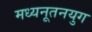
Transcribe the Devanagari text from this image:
मध्यनूतनयुग